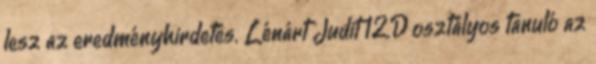
lesz az eredményhirdetés. Lénárt Judit 12.D osztályos tanuló az